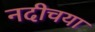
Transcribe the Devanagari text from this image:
नदीचया